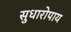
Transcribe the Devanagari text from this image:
सुधारोपाय